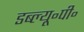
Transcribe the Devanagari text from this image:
डब्ल्यू॰पी॰